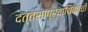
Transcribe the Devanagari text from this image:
दत्तसांप्रदायिकांची